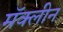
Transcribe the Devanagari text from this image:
मॅक्लीन